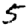
Digit: 5